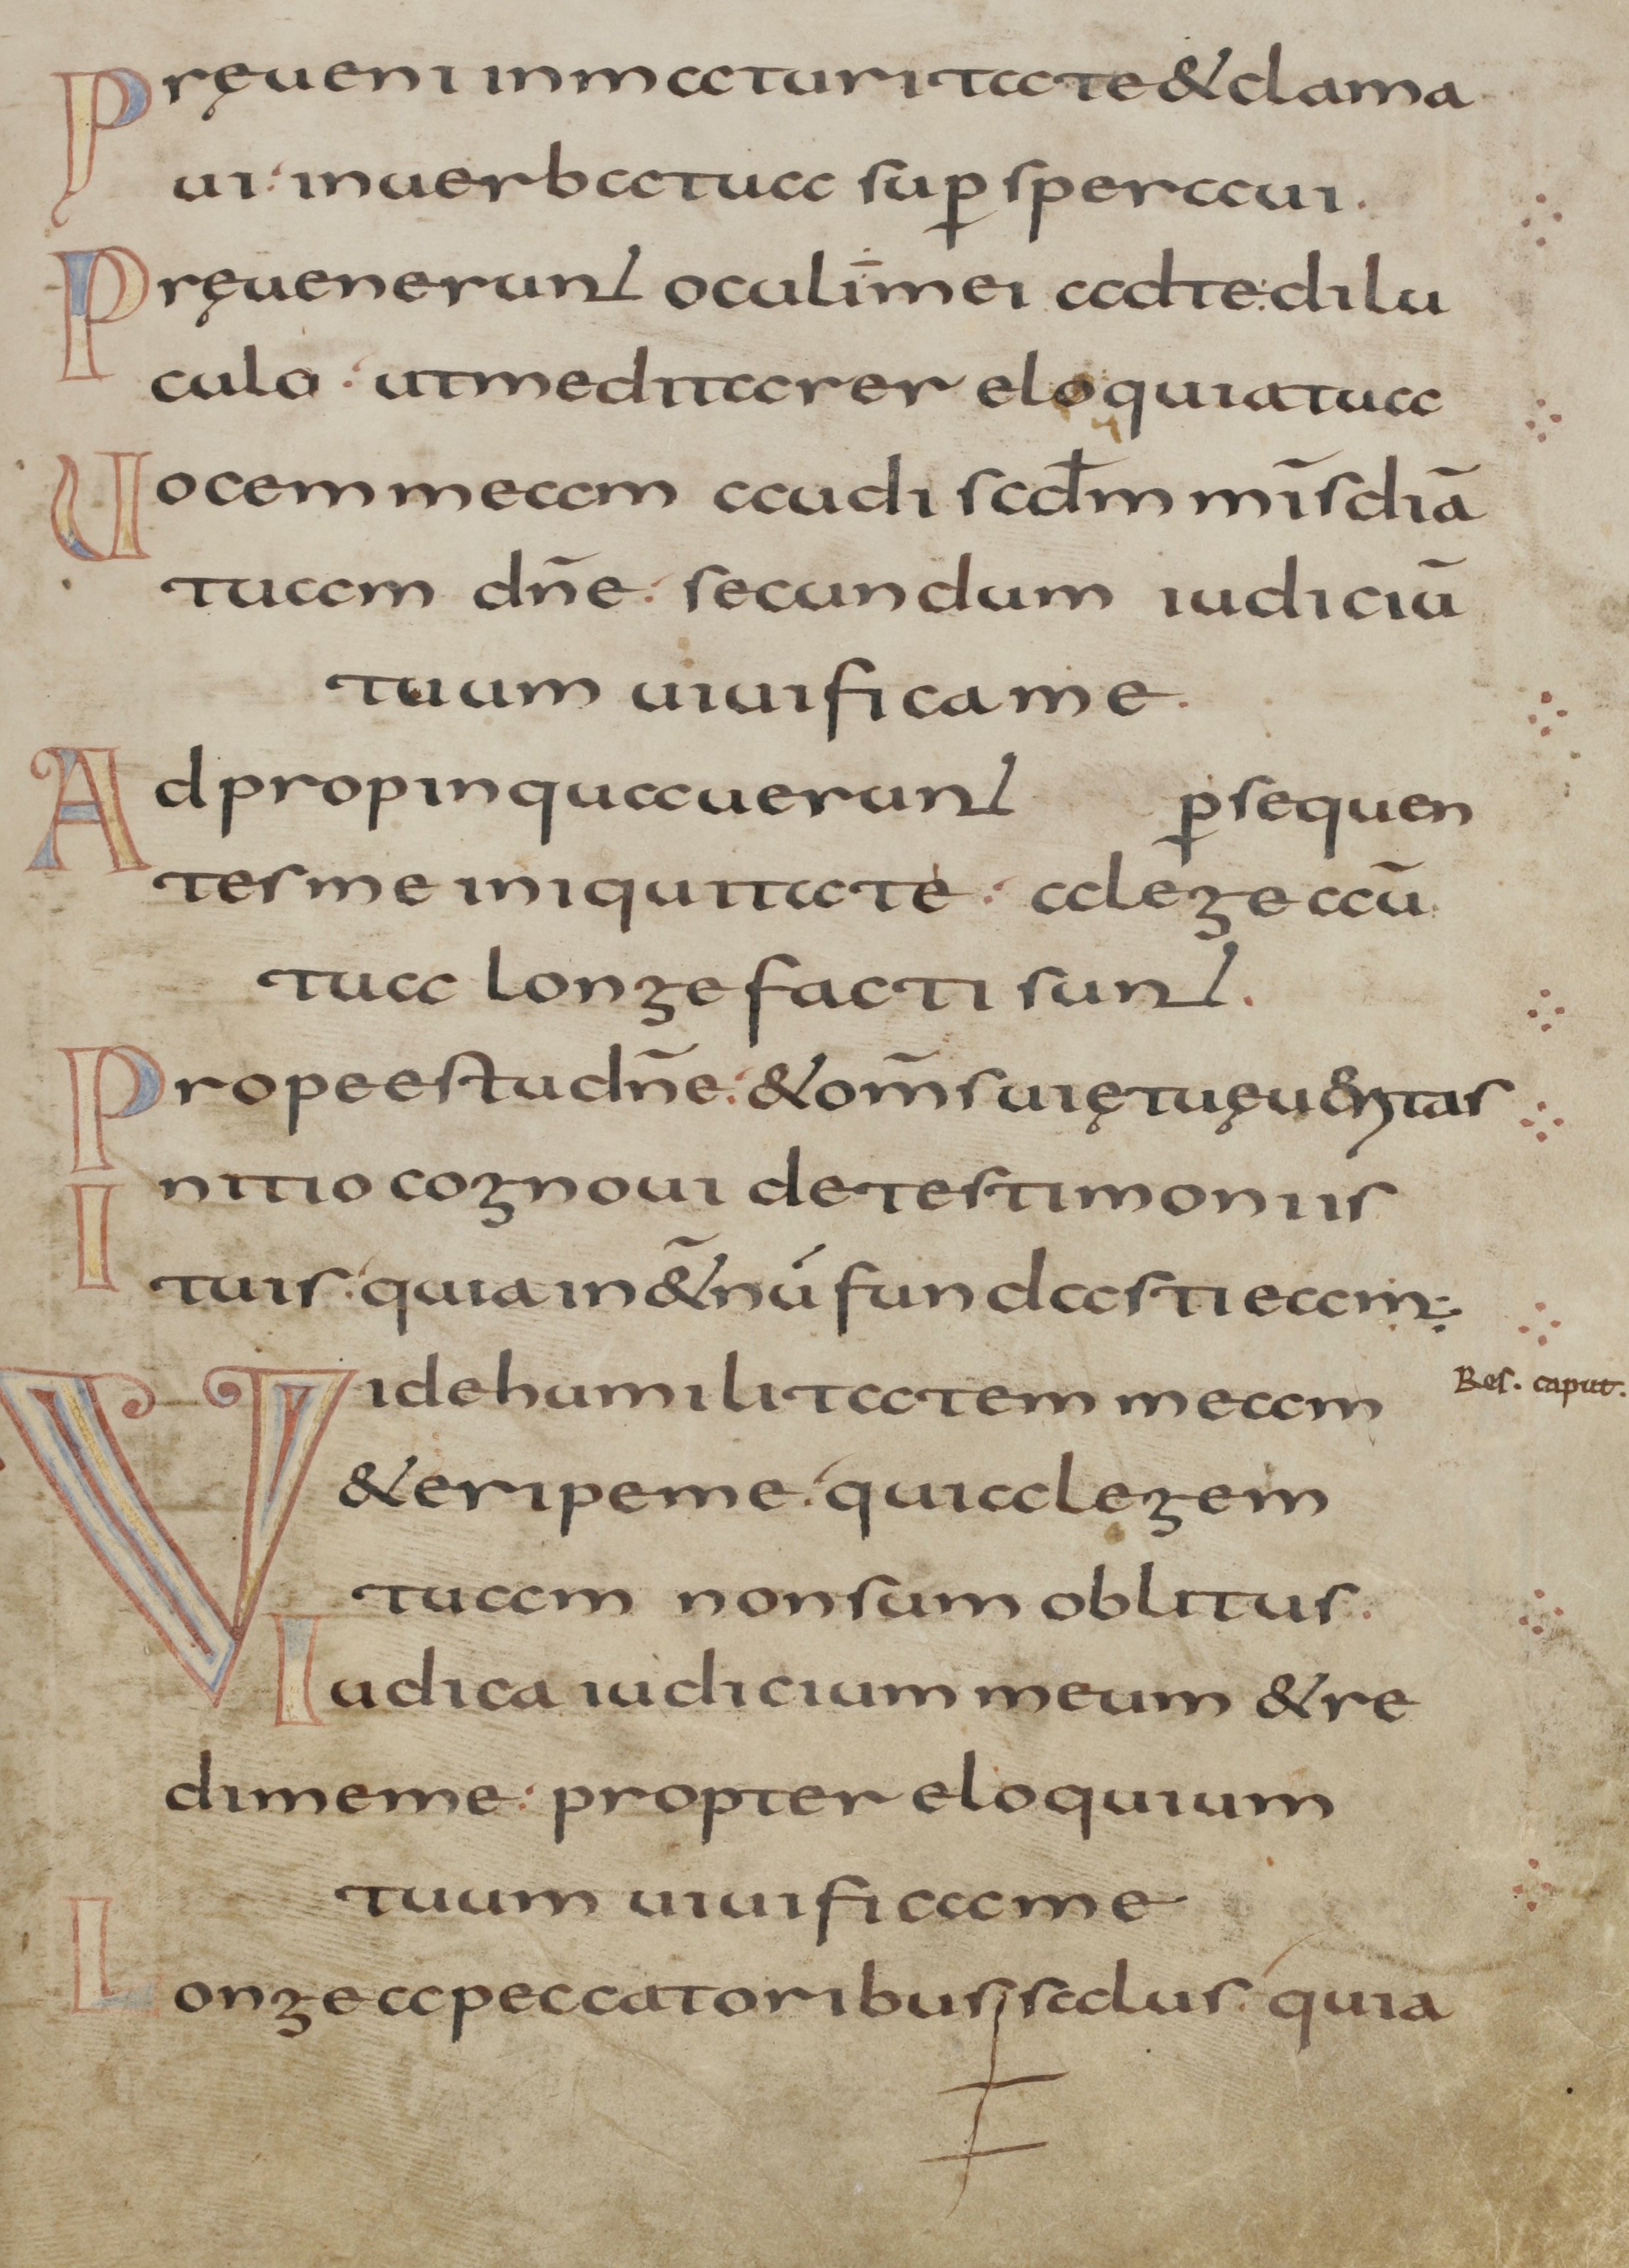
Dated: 800–845